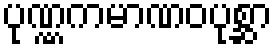
ပုဏ္ဏကမာဏဝပုစ္ဆာ